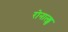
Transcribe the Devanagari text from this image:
रोनाल्ड्स